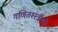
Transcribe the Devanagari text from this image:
गणितश्स्त्रीयों